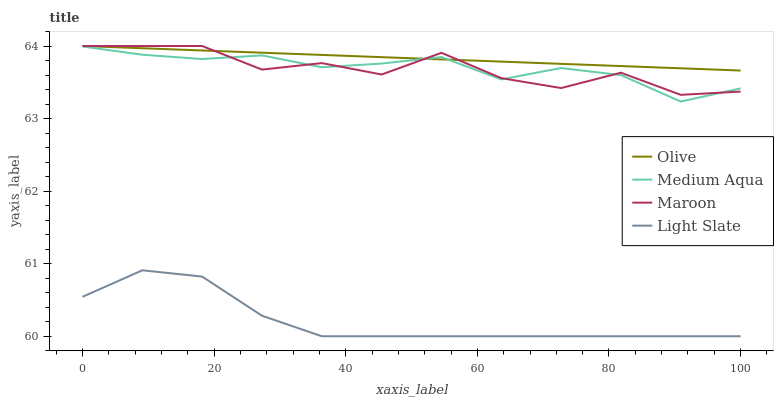
| xaxis_label | Olive | Medium Aqua | Maroon | Light Slate |
 | --- | --- | --- | --- | --- |
 | 0 | 64 | 64 | 64 | 60.5 |
 | 9.09 | 64 | 63.9 | 64 | 60.9 |
 | 18.2 | 63.9 | 63.8 | 64 | 60.8 |
 | 27.3 | 63.9 | 63.9 | 63.7 | 60.3 |
 | 36.4 | 63.9 | 63.7 | 63.8 | 60 |
 | 45.5 | 63.8 | 63.8 | 63.6 | 60 |
 | 54.5 | 63.8 | 63.8 | 63.9 | 60 |
 | 63.6 | 63.8 | 63.5 | 63.6 | 60 |
 | 72.7 | 63.8 | 63.7 | 63.4 | 60 |
 | 81.8 | 63.7 | 63.6 | 63.6 | 60 |
 | 90.9 | 63.7 | 63.2 | 63.3 | 60 |
 | 100 | 63.7 | 63.4 | 63.4 | 60 |